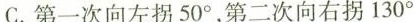
C.第一次向左拐50^{\circ}，第二次向右拐130^{\circ}